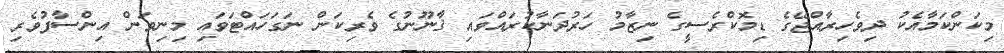
މިކަންކަމާއެކު ދިވެހިރާއްޖޭގެ ޑިމޮކްރެސީގެ ނިޒާމު ހަރުދަނާކުރައްވައި ޤާނޫނުގެ ވެރިކަން ނަގަހައްޓަވައި މިނިވަން އިންސާފުވެރި